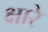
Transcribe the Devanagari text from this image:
क्षारे